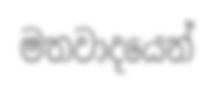
මතවාදයෙන්